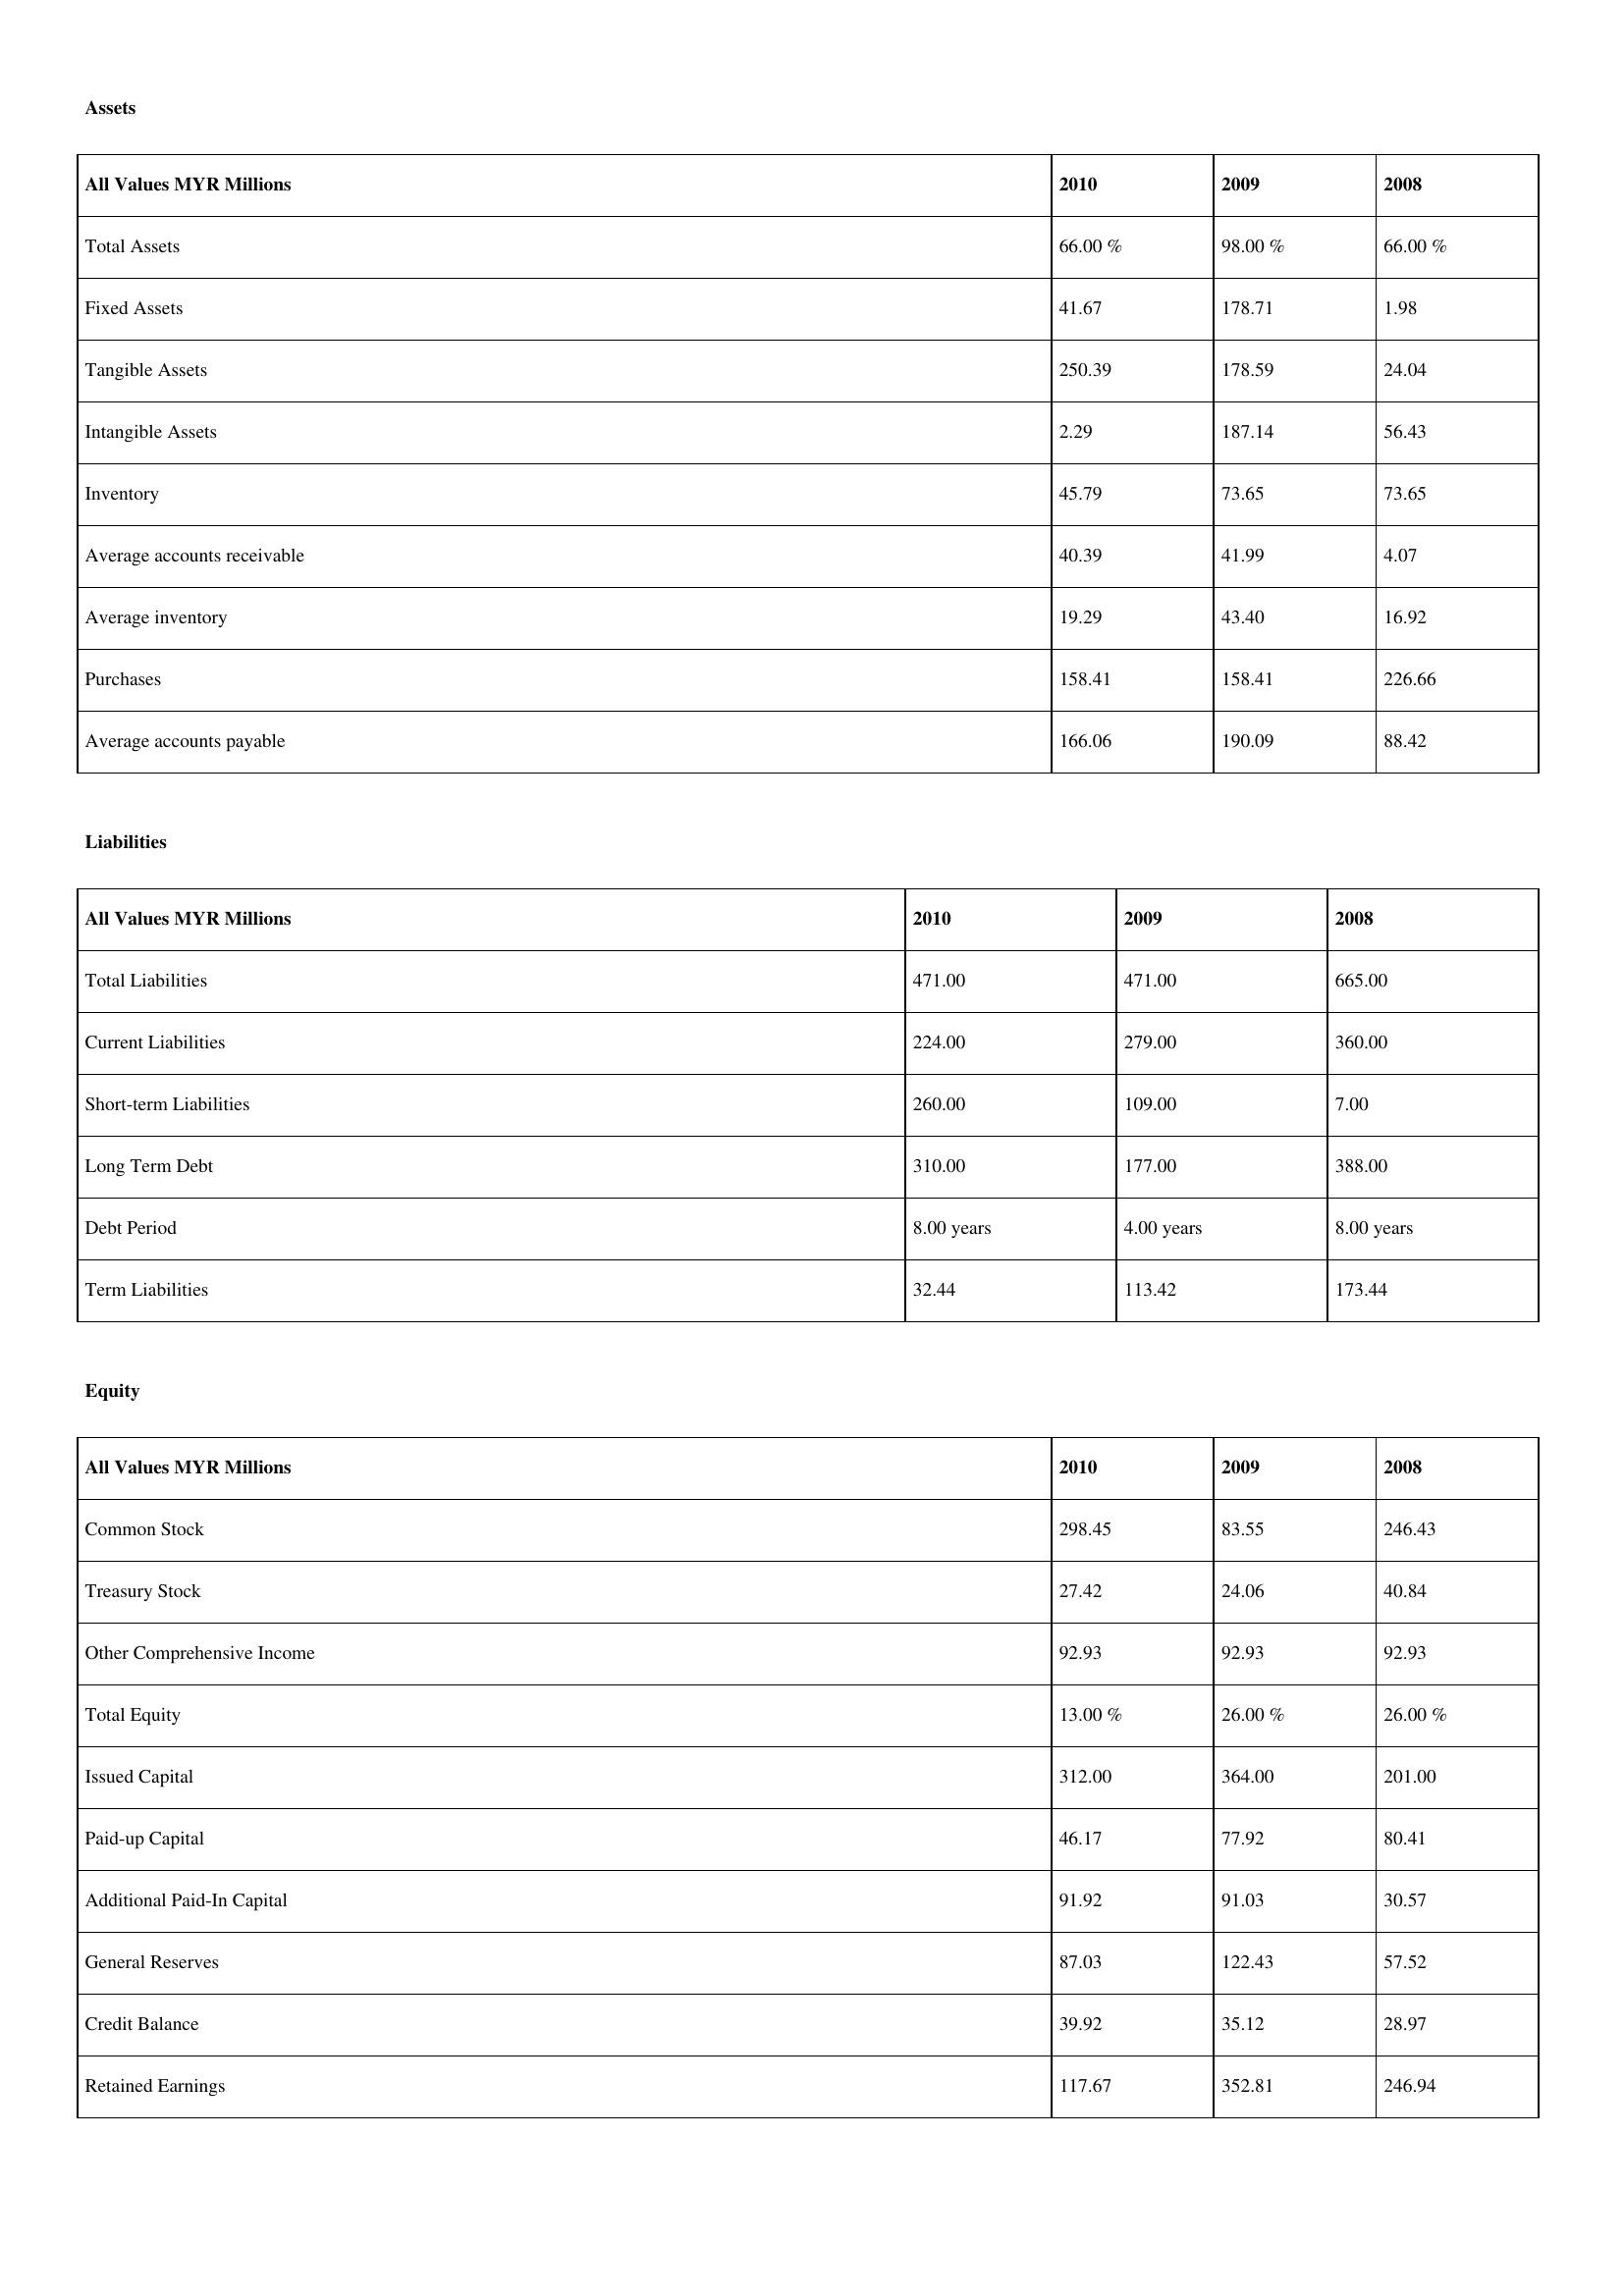
gt_parse: 2010: Assets: Total Assets: 66.00 %
Fixed Assets: 41.67
Tangible Assets: 250.39
Intangible Assets: 2.29
Inventory: 45.79
Average accounts receivable: 40.39
Average inventory: 19.29
Purchases: 158.41
Average accounts payable: 166.06
Liabilities: Total Liabilities: 471.00
Current Liabilities: 224.00
Short-term Liabilities: 260.00
Long Term Debt: 310.00
Debt Period: 8.00 years
Term Liabilities: 32.44
Equity: Common Stock: 298.45
Treasury Stock: 27.42
Other Comprehensive Income: 92.93
Total Equity: 13.00 %
Issued Capital: 312.00
Paid-up Capital: 46.17
Additional Paid-In Capital: 91.92
General Reserves: 87.03
Credit Balance: 39.92
Retained Earnings: 117.67
2009: Assets: Total Assets: 98.00 %
Fixed Assets: 178.71
Tangible Assets: 178.59
Intangible Assets: 187.14
Inventory: 73.65
Average accounts receivable: 41.99
Average inventory: 43.40
Purchases: 158.41
Average accounts payable: 190.09
Liabilities: Total Liabilities: 471.00
Current Liabilities: 279.00
Short-term Liabilities: 109.00
Long Term Debt: 177.00
Debt Period: 4.00 years
Term Liabilities: 113.42
Equity: Common Stock: 83.55
Treasury Stock: 24.06
Other Comprehensive Income: 92.93
Total Equity: 26.00 %
Issued Capital: 364.00
Paid-up Capital: 77.92
Additional Paid-In Capital: 91.03
General Reserves: 122.43
Credit Balance: 35.12
Retained Earnings: 352.81
2008: Assets: Total Assets: 66.00 %
Fixed Assets: 1.98
Tangible Assets: 24.04
Intangible Assets: 56.43
Inventory: 73.65
Average accounts receivable: 4.07
Average inventory: 16.92
Purchases: 226.66
Average accounts payable: 88.42
Liabilities: Total Liabilities: 665.00
Current Liabilities: 360.00
Short-term Liabilities: 7.00
Long Term Debt: 388.00
Debt Period: 8.00 years
Term Liabilities: 173.44
Equity: Common Stock: 246.43
Treasury Stock: 40.84
Other Comprehensive Income: 92.93
Total Equity: 26.00 %
Issued Capital: 201.00
Paid-up Capital: 80.41
Additional Paid-In Capital: 30.57
General Reserves: 57.52
Credit Balance: 28.97
Retained Earnings: 246.94